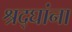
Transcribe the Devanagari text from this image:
श्रद्घांना